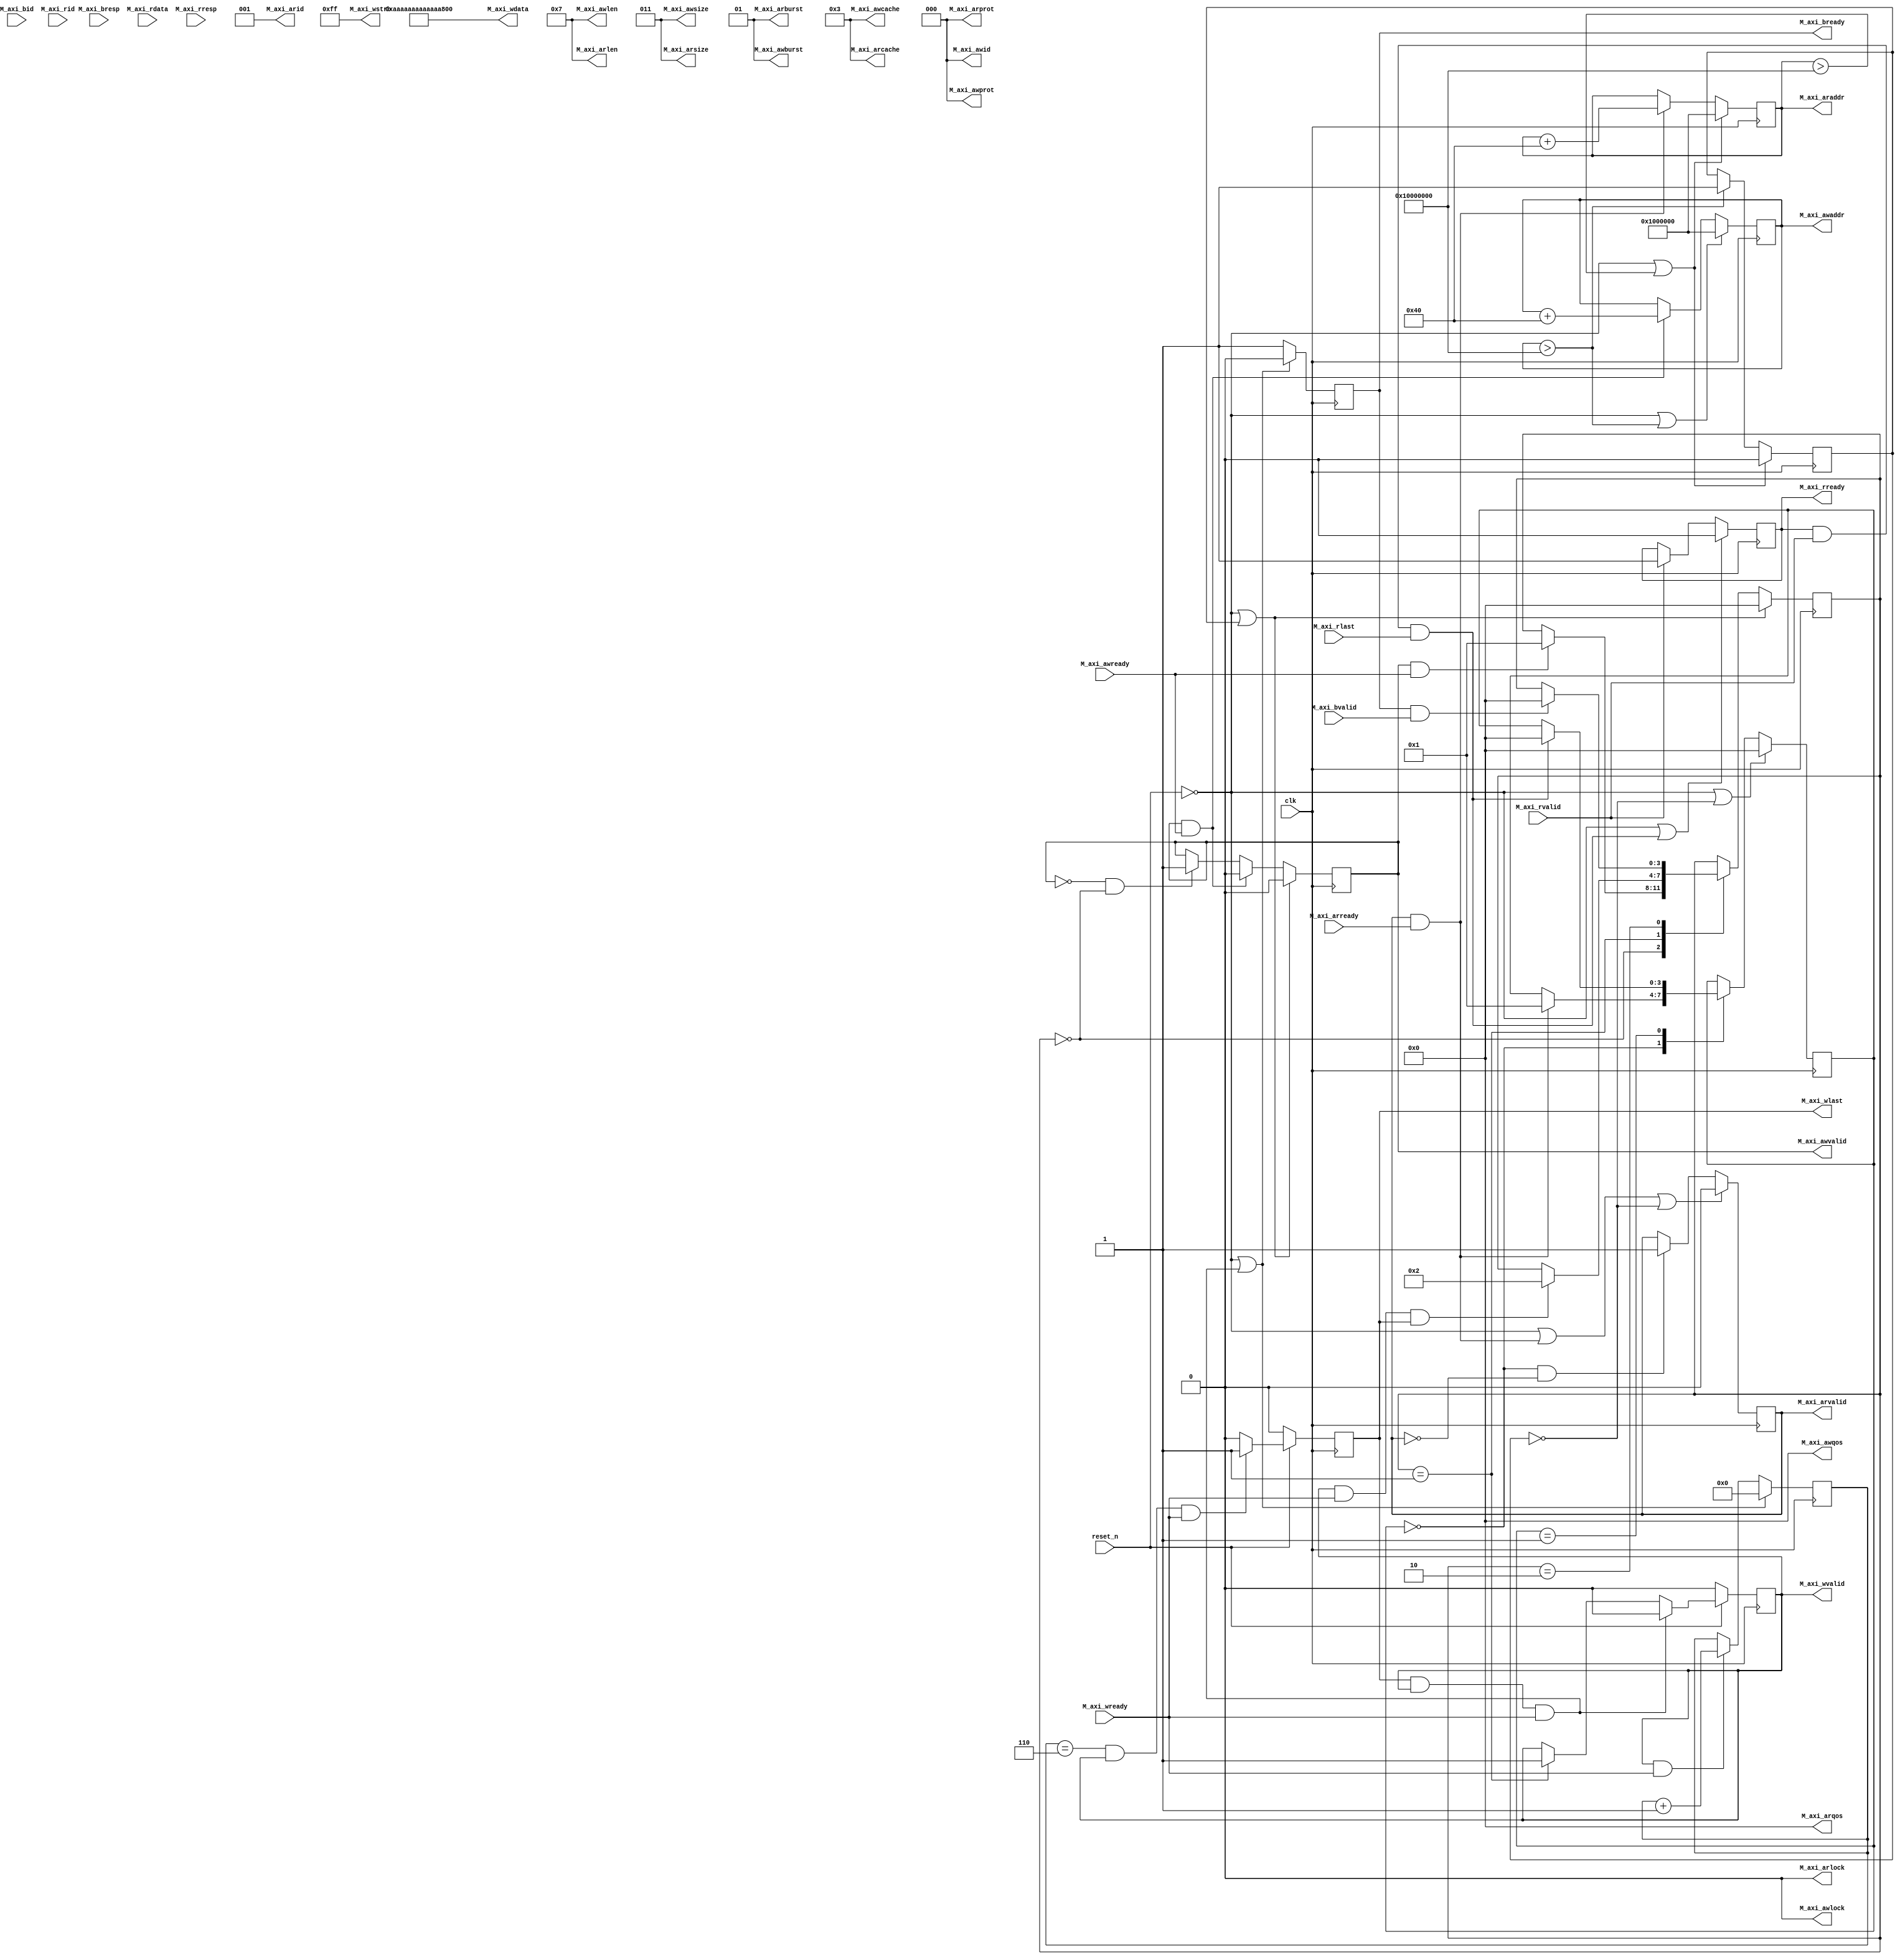
module ddr3_controller# (
            parameter                           C_S_AXI_ID_WIDTH              =     3,
            parameter                           C_S_AXI_ADDR_WIDTH            =     32,
            parameter                           C_S_AXI_DATA_WIDTH            =     64,
            parameter                           C_S_AXI_BURST_LEN             =     8
            
            // take care to xsize
 
    ) (


     input  wire                                                    clk,
     input  wire                                                    reset_n,
	// AXI Write Address Control Signals
	 output  wire 			[C_S_AXI_ID_WIDTH-1:0] 					M_axi_awid, 			// Write Address Channel Transaction ID  				(Input)
	 output  wire 			[C_S_AXI_ADDR_WIDTH-1:0]				M_axi_awaddr,			// Write Address Channel Address 						(Input)
	 output  wire 			[7:0] 									M_axi_awlen,			// Write Address Channel Burst Length (0-255) 			(Input)
	 output  wire 			[2:0] 									M_axi_awsize, 			// Write Address Channel Transfer Size code (0-7) 		(Input)
	 output  wire 			[1:0]									M_axi_awburst,      	// Write Address Channel Burst Type code (0-2). 		(Input)
	 output  wire 			[0:0]									M_axi_awlock,			// Write Address Channel Atomic Access Type (0, 1) 		(Input)
	 output  wire 			[3:0]									M_axi_awcache, 		// Write Address Channel Cache Characteristics 			(Input)
	 output  wire 			[2:0]									M_axi_awprot, 		// Write Address Channel Protection Bits 				(Input)
     output  wire 			[3:0]									M_axi_awqos, 			// AXI4 Write Address Channel Quality of Service 		(Input)
	 output  wire 													M_axi_awvalid,		// Write Address Channel Valid 							(Input)
	 input   wire 													M_axi_awready, 		// Write Address Channel Ready 							(Output)

	// AXI Write Data Control Signals
	 output  wire 			[C_S_AXI_DATA_WIDTH-1:0]				M_axi_wdata,			// Write Data Channel Data								(Input)
	 output  wire 			[C_S_AXI_DATA_WIDTH/8-1:0]				M_axi_wstrb,			// Write Data Channel Byte Strobes						(Input)
	 output  wire  													M_axi_wlast,			// Write Data Channel Last Data Beat					(Input)
	 output  wire 													M_axi_wvalid,			// Write Data Channel Valid.							(Input)
	 input   wire 													M_axi_wready,			// Write Data Channel Ready. 							(Output)

	// AXI Response Control Signals
	 input  wire 			[C_S_AXI_ID_WIDTH-1:0]					M_axi_bid, 			// Write Response Channel Transaction ID.				(Output)
	 input  wire 			[1:0]									M_axi_bresp,			// Write Response Channel Response Code (0-3).			(Output)
	 input  wire 													M_axi_bvalid, 		// Write Response Channel Valid.						(Output)
	 output wire 												    M_axi_bready,			// Write Response Channel Ready.						(Input)

	// AXI Read Address Control Signals
	 output wire 			[C_S_AXI_ID_WIDTH-1:0]					M_axi_arid, 			// Read Address Channel transaction ID.					(Input)
	 output wire 			[C_S_AXI_ADDR_WIDTH-1:0]				M_axi_araddr, 		// Read Address Channel Address.						(Input)
	 output wire 			[7:0] 									M_axi_arlen, 			// Read Address Channel Burst Length code (0-255).		(Input)
	 output wire 			[2:0]									M_axi_arsize, 			// Read Address Channel Transfer Size code (0-7).		(Input)
	 output wire 			[1:0]									M_axi_arburst, 		// Read Address Channel Burst Type (0-2).				(Input)
	 output wire 			[0:0]									M_axi_arlock, 		// Read Address Channel Atomic Access Type (0, 1).		(Input)
	 output wire 			[3:0]									M_axi_arcache, 		// Read Address Channel Cache Characteristics.			(Input)
	 output wire 			[2:0]									M_axi_arprot, 		// Read Address Channel Protection Bits.				(Input)
	 output wire 			[3:0]									M_axi_arqos,			// AXI4 Read Address Channel Quality of Service.		(Input)
	 output wire 													M_axi_arvalid,		// Read Address Channel Valid.							(Input)
	 input  wire 													M_axi_arready,		// Read Address Channel Ready.							(Output)

	// AXI Read Data Control Signals
	 input  wire 			[C_S_AXI_ID_WIDTH-1:0] 					M_axi_rid, 			// Read Data Channel Transaction ID.					(Output)
	 input  wire 			[C_S_AXI_DATA_WIDTH-1:0]				M_axi_rdata,			// Read Data Channel Data.								(Output)
	 input  wire 			[1:0]									M_axi_rresp,			// Read Data Channel Response Code (0-3).				(Output)
     input  wire 													M_axi_rlast,			// Read Data Channel Last Data Beat.					(Output)
	 input  wire 													M_axi_rvalid,			// Read Data Channel Valid.								(Output)
	 output wire 												    M_axi_rready			// Read Data Channel Ready.								(Input)
	
);


//---------------------------------------------------------------------------------------------------------------------
// Implmentation
//---------------------------------------------------------------------------------------------------------------------
    
	// Write Address Control Signals
	assign M_axi_awid = 0;
	assign M_axi_awaddr = r_counter_write;
	assign M_axi_awlen = C_S_AXI_BURST_LEN-1;
	assign M_axi_awsize = $clog2(C_S_AXI_DATA_WIDTH/8);
	assign M_axi_awburst = 1;
	assign M_axi_awlock = 0;
	assign M_axi_awcache = 4'b0011;
	assign M_axi_awprot = 0;
	assign M_axi_awqos = 0;

	// Write Data Control Signals	
	assign M_axi_wdata  = 64'haaaaaaaaaaaaaaaa;//{r_counter_write_data,r_counter_write_data}; //{32'b0, r_counter_write}; //(w_s_axi_wready) ? r_counter_write : 0;
	assign M_axi_wstrb  = {(C_S_AXI_DATA_WIDTH/8){1'b1}}; //*************************************** correction

	// Read Address COntrol Signals
	assign M_axi_arid = 1;
	assign M_axi_araddr = r_counter_read;
	assign M_axi_arlen = C_S_AXI_BURST_LEN - 1;
	assign M_axi_arsize = $clog2(C_S_AXI_DATA_WIDTH/8);;
	assign M_axi_arburst = 1;
	assign M_axi_arlock = 0;
	assign M_axi_arcache = 4'b0011;
	assign M_axi_arprot = 0;
	assign M_axi_arqos = 0;


//********************************************************************************
//********** DDR3 Write **********************************************************
//********************************************************************************


    reg state_;
    
    always@(posedge clk) begin
        if(~reset_n || r_counter_read> 32'h10000000 )
            state_ <= 0;
        else if (r_counter_write > 32'h10000000)
            state_ <= 1;
    end
	
	(* mark_debug = "true" *) reg[3:0] r_axi_write_FSM;
        always@(posedge clk) begin
            if(~reset_n || state_ == 1) begin
                r_axi_write_FSM <= 0;
            end else begin 
                case(r_axi_write_FSM) 
                    4'b0000 : if(M_axi_awvalid & M_axi_awready)    r_axi_write_FSM <= 4'b0001;
                    4'b0001 : if(M_axi_wvalid & M_axi_wready & M_axi_wlast) r_axi_write_FSM<= 4'b0010;
                    4'b0010 : if(r_M_axi_bready & M_axi_bvalid) r_axi_write_FSM<= 4'b0000;
                endcase
            end
        end


	// Valid for write address
	reg r_M_axi_awvalid;
	always @(posedge clk) begin
		if(   ~reset_n || state_ == 1 ) 
			r_M_axi_awvalid <= 0;
		else if(r_M_axi_awvalid && M_axi_awready)
		    r_M_axi_awvalid <= 0;
	    else if(~r_M_axi_awvalid && r_axi_write_FSM == 4'b0000) 
            r_M_axi_awvalid <= 1;
	end
	assign M_axi_awvalid = r_M_axi_awvalid;


	// Valid for write data
	reg r_M_axi_wvalid;
	always @(posedge clk) begin
		if(~reset_n) 
			r_M_axi_wvalid <= 0;
		else if (r_M_axi_wlast && r_M_axi_wvalid && M_axi_wready)
		    r_M_axi_wvalid <= 0;
		else  if(r_axi_write_FSM == 4'b0001)
            r_M_axi_wvalid <= 1;
	end
	assign M_axi_wvalid = r_M_axi_wvalid;


	// valid for response signal
	reg r_M_axi_bready;
	always @(posedge clk) begin
	   if(~reset_n || M_axi_wlast && M_axi_wvalid && M_axi_wready)
	         r_M_axi_bready <= 0;    
	   else
		     r_M_axi_bready <= 1; 		  
	end
	assign M_axi_bready = r_M_axi_bready;


	reg [7:0] r_M_w_burst_count;
	always @(posedge clk) begin
        if(~reset_n || M_axi_wlast && M_axi_wvalid && M_axi_wready ) begin
            r_M_w_burst_count <= 0;
        end
        else if(M_axi_wvalid && M_axi_wready)begin
            r_M_w_burst_count <= r_M_w_burst_count + 1;
        end
    end


    reg r_M_axi_wlast;
    always @(posedge clk) begin
	    if(~reset_n)
	        r_M_axi_wlast <= 0;
	    else if((r_M_w_burst_count == M_axi_awlen -1) && M_axi_wvalid && M_axi_wready)
	        r_M_axi_wlast <= 1;
	    else
	        r_M_axi_wlast <= 0;
    end
    assign M_axi_wlast = r_M_axi_wlast;


    reg[31:0] r_counter_write;
    always @(posedge clk) begin
		if( ~reset_n || r_counter_write > 32'h10000000) begin
			r_counter_write <= 32'h01000000;
		end 
		else if((M_axi_awvalid && M_axi_awready))begin
			r_counter_write <= r_counter_write + (C_S_AXI_DATA_WIDTH * (C_S_AXI_BURST_LEN))/8;
		end
	end
	
	reg[31:0] r_counter_write_data;
        always @(posedge clk) begin
            if( ~reset_n || r_counter_write > 32'h10000000) begin
                r_counter_write_data <= 32'h01000000;
            end 
            else if((M_axi_wvalid && M_axi_wready))begin
                r_counter_write_data <= r_counter_write_data + 8;
            end
        end





//********************************************************************************
//********** DDR3 Read **********************************************************
//********************************************************************************


	(* mark_debug = "true" *) reg[3:0] axi_read_FSM;

	always@(posedge clk) begin
		if(~reset_n || state_ == 0) begin
			axi_read_FSM <= 0;
		end else begin
			case(axi_read_FSM) 
				4'b0000 : if(M_axi_arvalid && M_axi_arready) axi_read_FSM <= 4'b0001;
				4'b0001 : if(M_axi_rready & M_axi_rvalid & M_axi_rlast) axi_read_FSM <= 4'b0000;
			endcase
		end
	end

	reg r_M_axi_rready;
	always @(posedge clk) begin
		if( ~reset_n || M_axi_rready & M_axi_rvalid & M_axi_rlast)
       		r_M_axi_rready <= 0;
       	else if(M_axi_rvalid)begin
       		r_M_axi_rready <= 1;
       	end
    end
    assign M_axi_rready = r_M_axi_rready;


    reg[31:0] r_counter_read;
    always @(posedge clk) begin 
        if(~reset_n || r_counter_read > 32'h10000000) 
            r_counter_read <= 32'h01000000;
        else if(M_axi_arvalid && M_axi_arready) 
            r_counter_read <= r_counter_read + (C_S_AXI_DATA_WIDTH * (C_S_AXI_BURST_LEN))/8;
    end


    reg r_M_axi_arvalid;
    always @(posedge clk) begin
        if(~reset_n || (M_axi_arvalid && M_axi_arready) || state_ == 0) begin
            r_M_axi_arvalid <= 0;
        end else if(axi_read_FSM == 4'b0000 & ~r_M_axi_arvalid) begin
            r_M_axi_arvalid <= 1;
        end
    end
    assign M_axi_arvalid = r_M_axi_arvalid;


endmodule